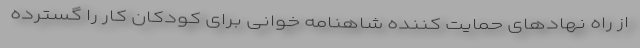
از راه نهادهای حمایت کننده شاهنامه خوانی برای کودکان کار را گسترده